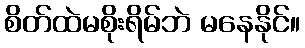
စိတ်ထဲမစိုးရိမ်ဘဲ မနေနိုင်။